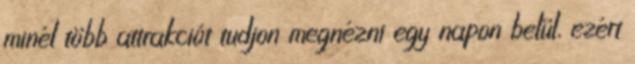
minél több attrakciót tudjon megnézni egy napon belül, ezért